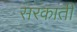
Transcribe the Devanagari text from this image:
सरकाती